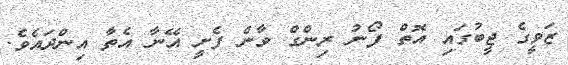
ޒަވީގެ ޖީބުގައި އޮތް ފޯނު ރިންގް ވާން ފެށީ އޭނާ އެތާ އިންދައެވެ.